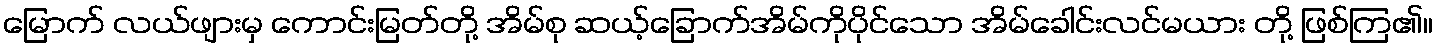
မြောက် လယ်ဖျားမှ ကောင်းမြတ်တို့ အိမ်စု ဆယ့်ခြောက်အိမ်ကိုပိုင်သော အိမ်ခေါင်းလင်မယား တို့ ဖြစ်ကြ၏။